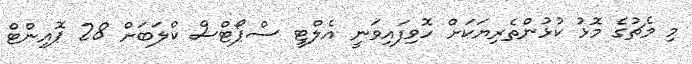
މި މެޗުގެ މޮޅު ކުޅުންތެރިޔަކަށް ހޮވިފައިވަނީ އެލްޓީ ސްޕޯޓްސް ކްލަބަށް 28 ޕޮއިންޓް